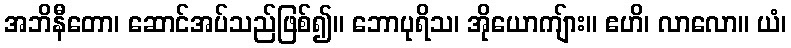
အဘိနီတော၊ ဆောင်အပ်သည်ဖြစ်၍။ ဘောပုရိသ၊ အိုယောကျ်ား။ ဧဟိ၊ လာလော။ ယံ၊